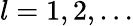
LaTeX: l=1,2,\ldots